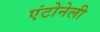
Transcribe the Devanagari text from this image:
एंटोनेली